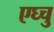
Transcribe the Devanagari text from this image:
एघ्चु